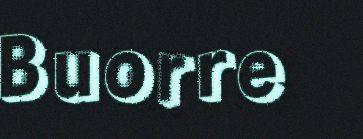
Buorre